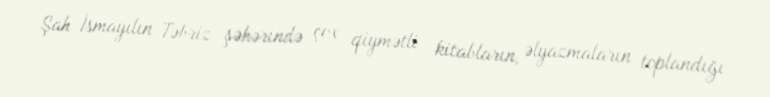
Şah İsmayılın Təbriz şəhərində çox qiymətli kitabların, əlyazmaların toplandığı